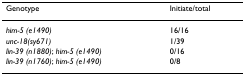
| Genotype | Initiate/total |
 | --- | --- |
 | him-5 (e1490) | 16/16 |
 | unc-18(sy671) | 1/39 |
 | lin-39 (n1880); him-5 (e1490) | 0/16 |
 | lin-39 (n1760); him-5 (e1490) | 0/8 |